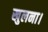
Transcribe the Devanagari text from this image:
खुलना।